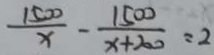
\frac { 1 5 0 0 } { x } - \frac { 1 5 0 0 } { x + 2 0 0 } = 2